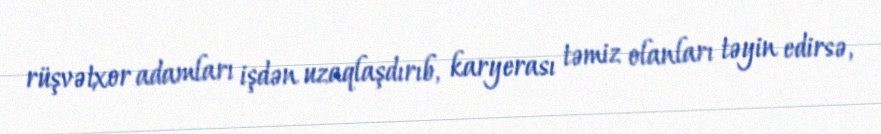
rüşvətxor adamları işdən uzaqlaşdırıb, karyerası təmiz olanları təyin edirsə,